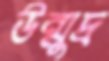
উন্মুদ্র